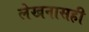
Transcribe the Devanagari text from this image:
लेखनासही